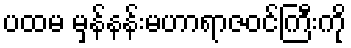
ပထမ မှန်နန်းမဟာရာဇဝင်ကြီးကို